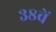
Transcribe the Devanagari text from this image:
३८वें